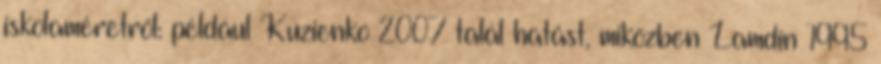
iskolaméretről: például Kuzienko 2007 talál hatást, miközben Lamdin 1995